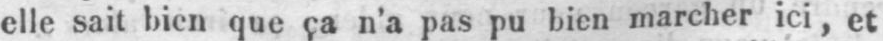
elle sait bien que ça n’a pas pu bien marcher ici, et